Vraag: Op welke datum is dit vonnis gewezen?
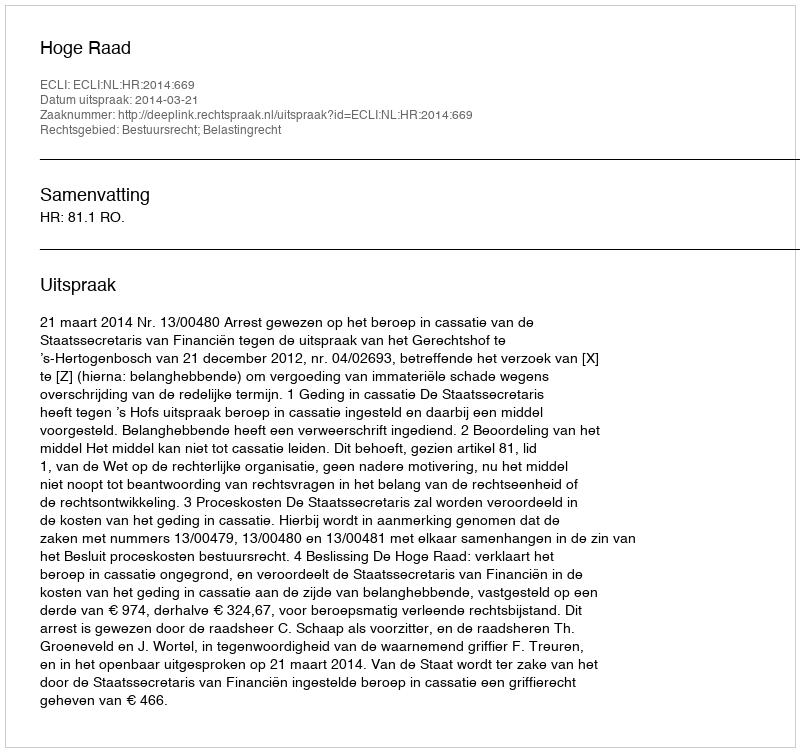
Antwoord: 2014-03-21